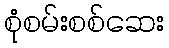
စုံစမ်းစစ်ဆေး